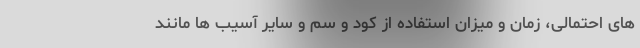
های احتمالی، زمان و میزان استفاده از کود و سم و سایر آسیب ها مانند